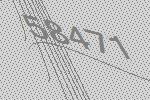
58471